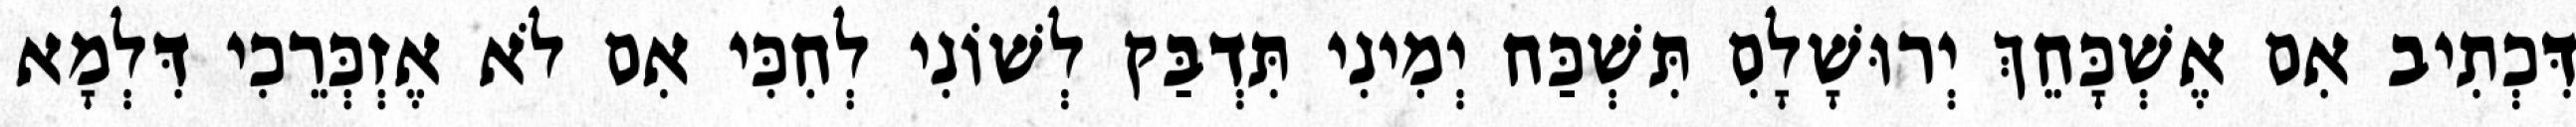
דִּכְתִיב אִם אֶשְׁכָּחֵךְ יְרוּשָׁלִָם תִּשְׁכַּח יְמִינִי תִּדְבַּק לְשׁוֹנִי לְחִכִּי אִם לֹא אֶזְכְּרֵכִי דִּלְמָא